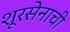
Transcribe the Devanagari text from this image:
शूरसेनाची